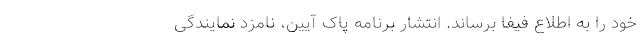
خود را به اطلاع فیفا برساند. انتشار برنامه پاک آیین، نامزد نمایندگی